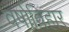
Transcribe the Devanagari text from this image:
वर्षाविहार